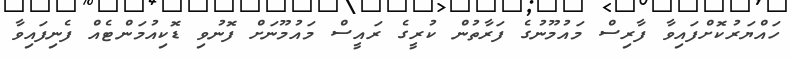
ހައްޔަރުކޮށްފައިވާ ފާރިސް މައުމޫނުގެ ފަރާތުން ކުރީގެ ރައީސް މައުމޫނަށް ފޮނުވި ޑޮކިއުމަންޓެއް ފެނިފައިވާ